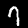
Label: 7